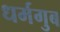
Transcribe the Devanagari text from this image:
धर्मगुब